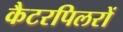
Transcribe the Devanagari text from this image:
कैटरपिलरों